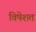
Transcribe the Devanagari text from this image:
विषेशत